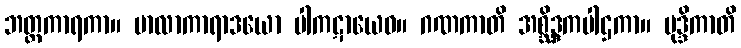
ဘတ္တကာရကာ။ မာလာကာရာဒယော ပါကဋာယေဝ။ ဂဏကာတိ အစ္ဆိဒ္ဒကပါဌကာ။ မုဒ္ဒိကာတိ